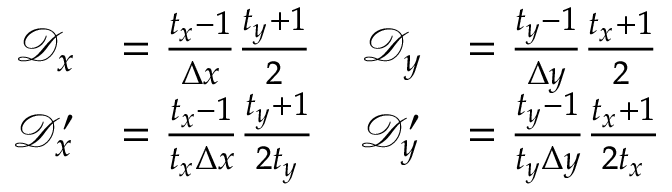
\begin{array} { r l r l } { \mathscr D _ { x } } & { = \frac { t _ { x } - 1 } { \Delta x } \frac { t _ { y } + 1 } { 2 } } & { \mathscr D _ { y } } & { = \frac { t _ { y } - 1 } { \Delta y } \frac { t _ { x } + 1 } { 2 } } \\ { \mathscr D _ { x } ^ { \prime } } & { = \frac { t _ { x } - 1 } { t _ { x } \Delta x } \frac { t _ { y } + 1 } { 2 t _ { y } } } & { \mathscr D _ { y } ^ { \prime } } & { = \frac { t _ { y } - 1 } { t _ { y } \Delta y } \frac { t _ { x } + 1 } { 2 t _ { x } } } \end{array}